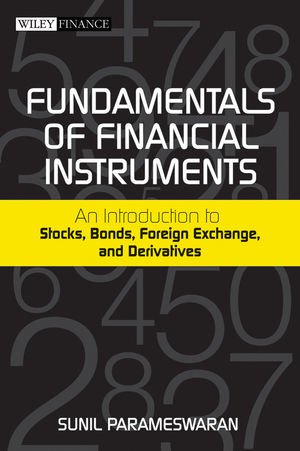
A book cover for Fundamentals of Financial Instruments: An Introduction to Stocks, Bonds, Foreign Exchange, and Derivatives; Sunil Parameswaran; Business & Money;